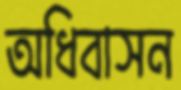
অধিবাসন